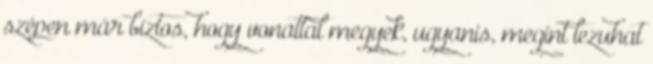
szépen már bíztos, hogy vonattal megyek, ugyanis, megint lezuhat